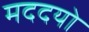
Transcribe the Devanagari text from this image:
मददयो